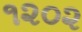
૧૨૦૨